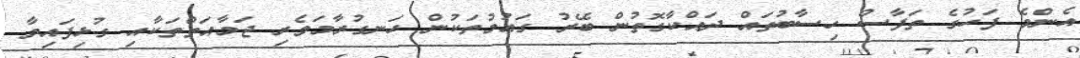
އެންމެ ފަހުގެ ތަފާސް ހިސާބުތައް ދައްކާގޮތުން ބޭރު ގައުމުތަކުން ހަނގުރާމަވެރި ޖަމާއަތްތަކާއި ގުޅިފައިވާ